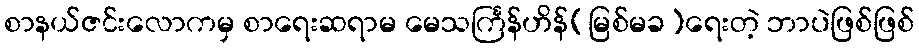
စာနယ်ဇင်းလောကမှ စာရေးဆရာမ မေသင်္ကြန်ဟိန်(မြစ်မခ)ရေးတဲ့ ဘာပဲဖြစ်ဖြစ်